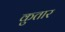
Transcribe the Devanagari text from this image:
कुतार